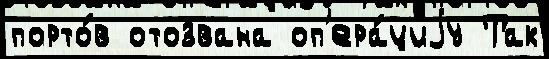
порто́в отозвана оп'ера́циjу Так